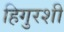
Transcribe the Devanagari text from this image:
हिगुरशी